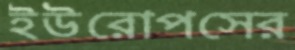
ইউরোপসের